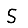
Digit: 5